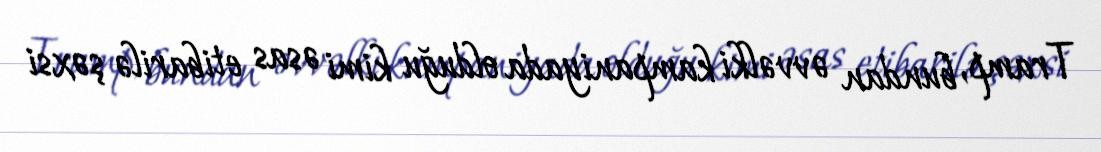
Tramp, bundan əvvəlki kampaniyada olduğu kimi əsas etibarilə şəxsi